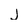
Character: J